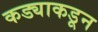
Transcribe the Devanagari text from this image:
कड्याकडून